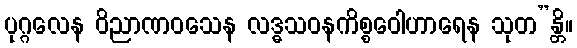
ပုဂ္ဂလေန ဝိညာဏဝသေန လဒ္ဓသဝနကိစ္စဝေါဟာရေန သုတ”န္တိ။